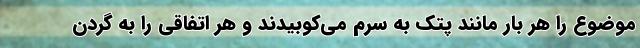
موضوع را هر بار مانند پتک به سرم می‌کوبیدند و هر اتفاقی را به گردن